system: You are a helpful assistant.
user:
Analyze the provided spectrum to determine if it is a **Carbon Star (C-type)**.

- **Key Visual Indicators of Carbon Star:**
    - **(Primary):** Strong molecular absorption from **C₂ (diatomic carbon) "Swan Bands."** This is the **defining feature** of a carbon star.
        - **(Key Bandheads):** Sharp absorption edges are visible at approximately $5635$ Å, $5165$ Å (the strongest band), and $4737$ Å.
        - **(Line Profile):** Creates a distinct **"saw-tooth"** pattern. The key morphology is a sharp, steep bandhead on the **red (long-wavelength) side**, which then gradually tapers off (i.e., flux recovers) towards the **blue (short-wavelength) side**. *(This is the direct opposite of the TiO bands seen in M-type stars)*.

    - **(Secondary):** Intense **CN (cyanogen)** molecular absorption bands.
        - **(Key Bandheads):** Located in the blue and violet regions of the spectrum (e.g., near $4215$ Å and $3883$ Å).
        - **(Morphology):** These bands are extremely broad and act as a "blanket," absorbing the vast majority of blue and violet light. This creates a characteristic **"cliff"** or **"steep drop-off"** in the spectrum's flux at short wavelengths.

    - **(Key Confirmation):** Strong **CH absorption band (G-band)**.
        - **(Key Bandhead):** Located around $4300$ Å. The contribution from CH molecules to this band is exceptionally strong.

    - **(Overall Spectrum):**
        - The continuum is severely "chopped up" by these deep molecular bands, especially C₂, rather than appearing as a smooth curve.
        - Due to the heavy CN and C₂ absorption in the blue-green, the vast majority of the star's flux is concentrated in the red part of the spectrum, giving the star its characteristic deep red color.

Think first, call **spectral_visualization_tool** if needed to examine features in detail, then provide your final answer. Your response must adhere to the following strict rules:
1.  **Overall Structure:** Your response must follow the format `<think>...</think> <tool_call>...</tool_call> (if a tool is used) <answer>...</answer>`.
2.  **Tool Usage Constraint:** You may only make **one** tool call per turn.
3.  **Final Answer Format:** In the `<answer>` tag, your conclusion must be inside a `\boxed{}` command (e.g., `\boxed{YES}`), followed by your justification.

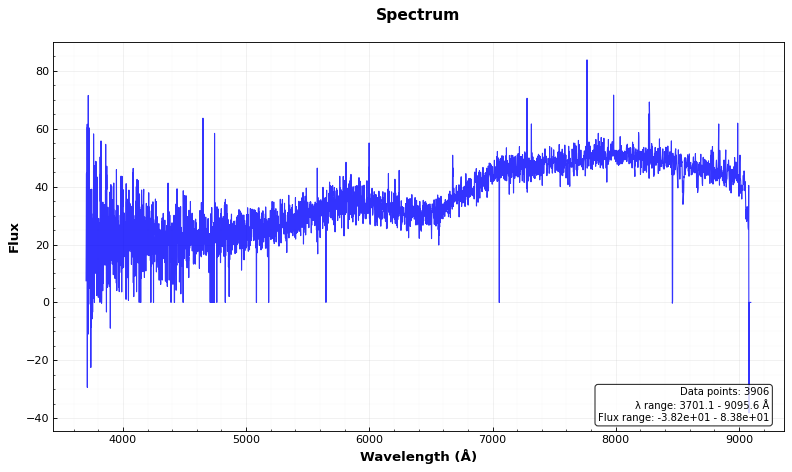
Answer: NO